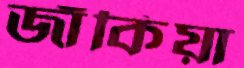
জাঁকিয়া